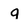
Character: q